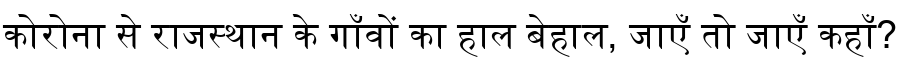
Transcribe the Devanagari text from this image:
कोरोना से राजस्थान के गाँवों का हाल बेहाल, जाएँ तो जाएँ कहाँ?